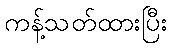
ကန့်သတ်ထားပြီး